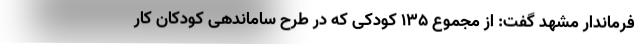
فرماندار مشهد گفت: از مجموع ۱۳۵ کودکی که در طرح ساماندهی کودکان کار